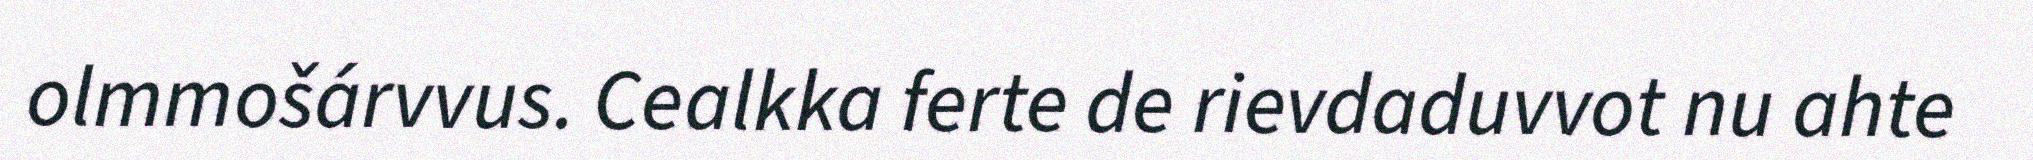
olmmošárvvus. Cealkka ferte de rievdaduvvot nu ahte